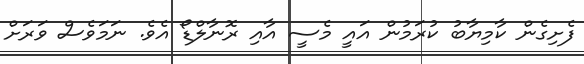
ފެށިގެން ކާމިޔާބު ކުރަމުން އައީ މެސީ އާއި ރޮނާލްޑޯ އެވެ. ނަމަވެސް ވަރަށް